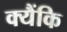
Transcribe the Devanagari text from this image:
क्यैंकि